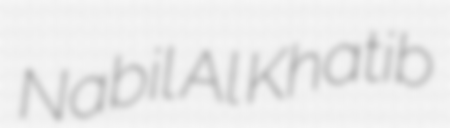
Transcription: Nabil Al Khatib